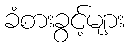
ခံစားခွင့်များ